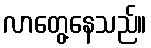
လာတွေ့နေသည်။